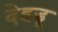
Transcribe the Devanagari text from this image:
देहडू